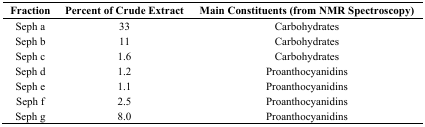
| Fraction | Percent of Crude Extract | Main Constituents (from NMR Spectroscopy) |
 | --- | --- | --- |
 | Seph a | 33 | Carbohydrates |
 | Seph b | 11 | Carbohydrates |
 | Seph c | 1.6 | Carbohydrates |
 | Seph d | 1.2 | Proanthocyanidins |
 | Seph e | 1.1 | Proanthocyanidins |
 | Seph f | 2.5 | Proanthocyanidins |
 | Seph g | 8.0 | Proanthocyanidins |